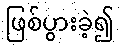
ဖြစ်ပွားခဲ့၍